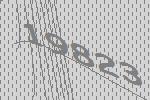
19823